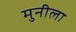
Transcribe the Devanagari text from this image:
मुनीला